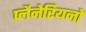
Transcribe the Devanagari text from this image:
प्लैनेरियनों